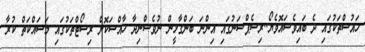
ހައުސްތަކުގައި ދެ ބައިވެސައޮވެޔޯ..ރިސެޕްސަނުގައި އިންނަ ބަންގާޅީން ނުވެސްނިދާ ހާއްސަކޮށް ރިސޯޓްތަކުގައި މަސައްކަތް ކުރާ